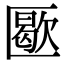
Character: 𠥜